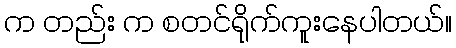
က တည်း က စတင်ရိုက်ကူးနေပါတယ်။